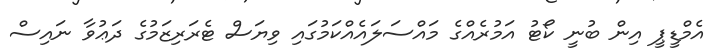
އެމްޑީޕީ އިން ބުނީ ކޯޓު އަމުރެއްގެ މައްސަލައެއްކަމުގައި ވިޔަސް ޓެރަރިޒަމުގެ ދަޢުވާ ނައިސް